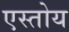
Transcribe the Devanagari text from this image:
एस्तोय